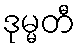
ဒုမ္မတီ